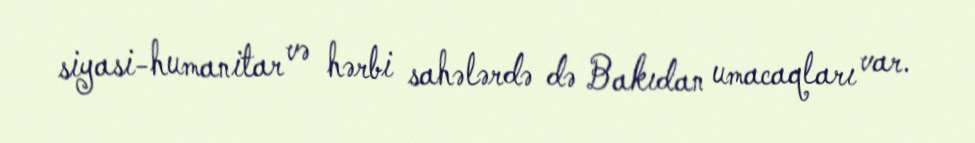
siyasi-humanitar və hərbi sahələrdə də Bakıdan umacaqları var.